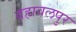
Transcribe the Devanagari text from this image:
वहावलपुर